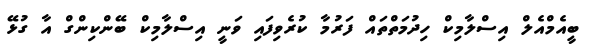
ބީއެމްއެލް އިސްލާމިކް ހިދުމަތްތައް ފަރުމާ ކުރެވިފައި ވަނީ އިސްލާމިކް ބޭންކިންގް އާ ގުޅޭ